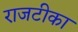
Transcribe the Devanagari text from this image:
राजटीका